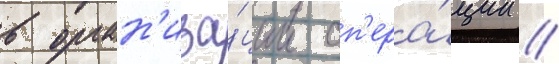
в орган'иза́ции оп'ера́ции //